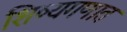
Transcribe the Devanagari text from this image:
शिष्यगणात